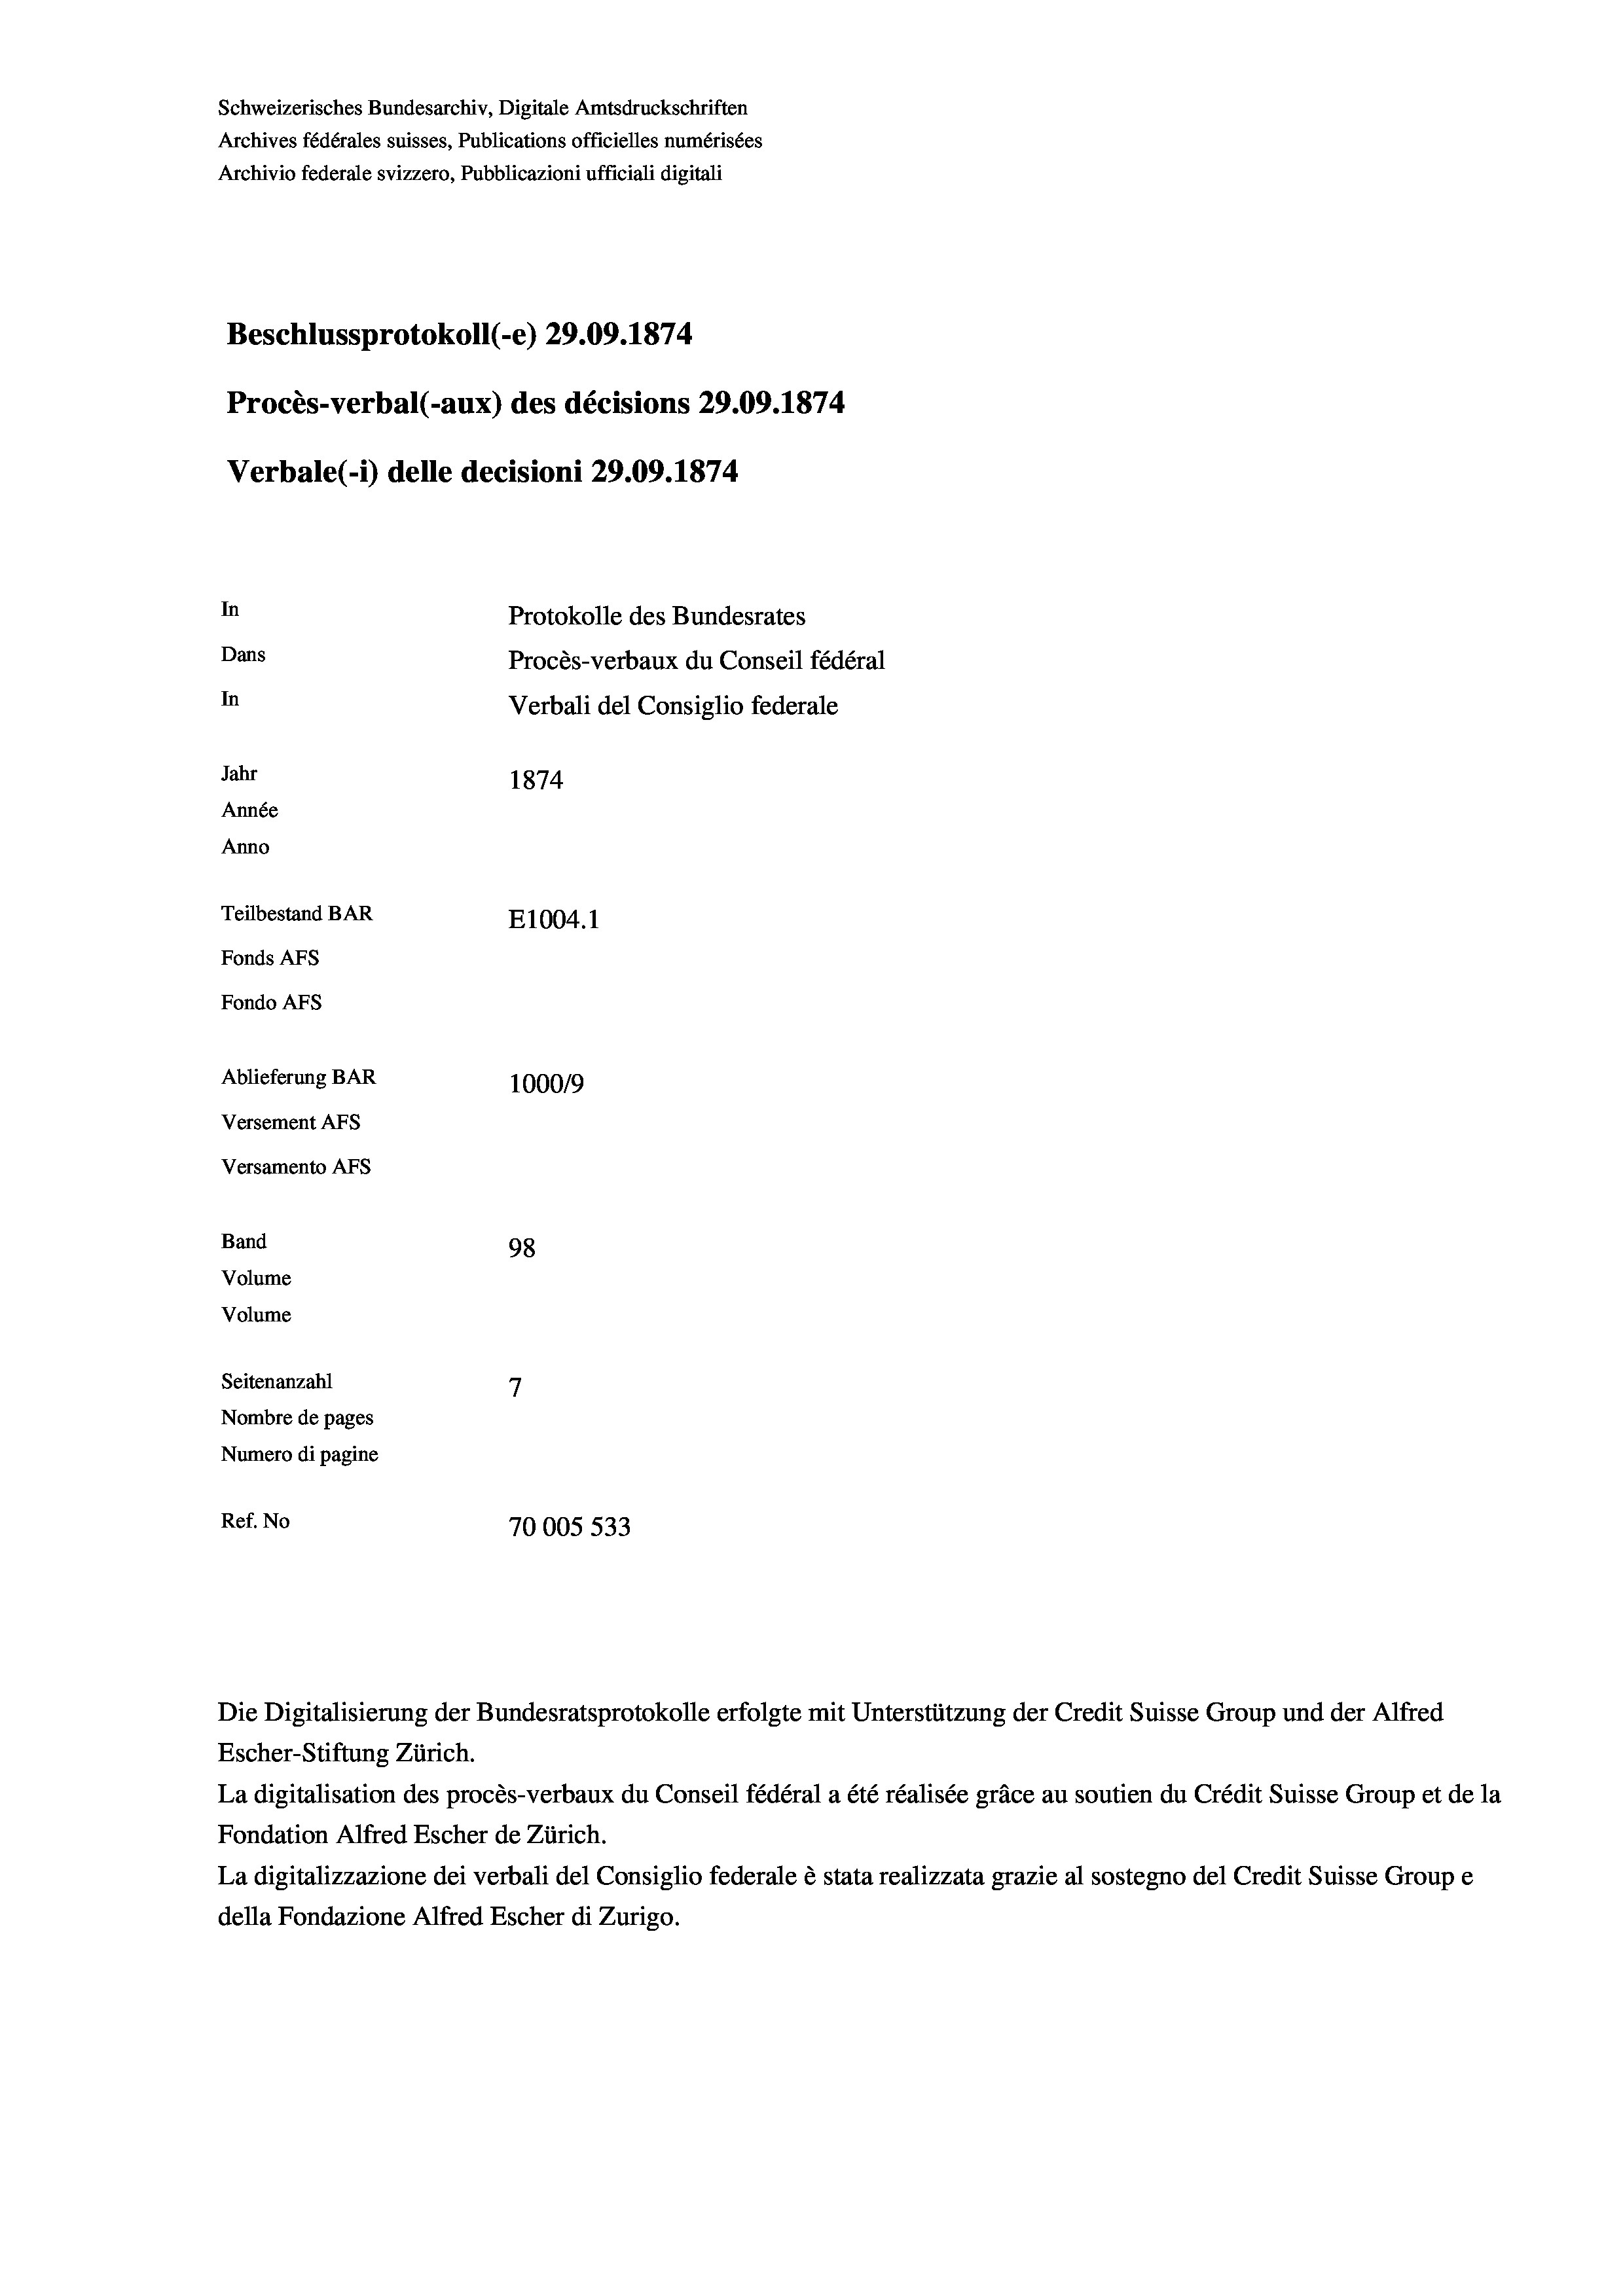
Schweizerisches Bundesarchiv, Digitale Amtsdruckschriften
Archives fédérales suisses, Publications officielles numérisées
Archivio federale svizzero, Pubblicazioni ufficiali digitali
Beschlussprotokoll (-e) 29.09. 1874
Procès-verbal (-aux) des décisions 29.09. 1874
Verbale(-*) delle decisioni 29.09. 1874
In
Protokolle des Bundesrates
Dans
Procès-verbaux du Conseil fédéral
In
Verbali del Consiglio federale
Jahr
1874
Année
Anno
Teilbestand BAR
E1004. 1
Fonds AFs
Fondo AFs
Ablieferung BAR
100019
Versement AFS
Versamento AFs
Band
98
Volume
Volume
7
Seitenanzahl
Nombre de pages
Numero di pagine
Ref. No
70005 533

Die Digitalisierung der Bundesratsprotokolle erfolgte mit Unterstützung der Credit Suisse Group und der Alfred
Escher-Stiftung Zürich.
La digitalisation des procès-verbaux du Conseil fédéral a été réalisée gräce au soutien du Crédit Suisse Group et de la
Fondation Alfred Escher de Zürich.
La digitalizzazione dei verbali del Consiglio federale è stata realizzata grazie al sostegno del Credit Suisse Groupe
della Fondazione Alfred Escher di Zurigo.